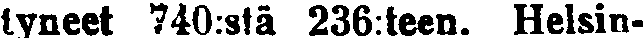
tyneet 740:stä 236:teen. Helsin-